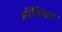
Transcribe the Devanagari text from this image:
औपियम